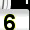
Digit: 6